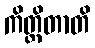
ကိတ္တိတာတိ